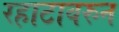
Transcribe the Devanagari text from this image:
रहाटावरुन